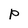
Character: P